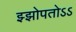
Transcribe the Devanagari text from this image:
झ्झोपतोऽऽ